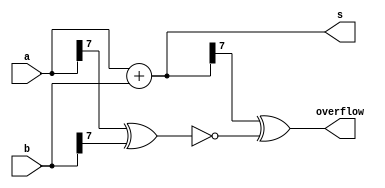
// add two's complement numbers
// A signed overflow occurs when adding two positive numbers produces a negative result, or adding two negative numbers produces a positive result. 
// There are several methods to detect overflow: It could be computed by comparing the signs of the input and output numbers, or derived from the carry-out of bit n and n-1.

module twos_complement_adder (
    input [7:0] a,
    input [7:0] b,
    output [7:0] s,
    output overflow );
 
    assign s = a + b;
    assign overflow = s[7] ^ ~(a[7] ^ b[7]);

endmodule